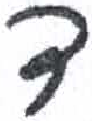
אות: ד